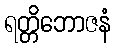
ရတ္တိဘောဇနံ